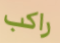
راكب